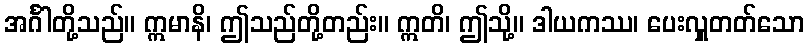
အင်္ဂါတို့သည်။ ဣမာနိ၊ ဤသည်တို့တည်း။ ဣတိ၊ ဤသို့။ ဒါယကဿ၊ ပေးလှူတတ်သော